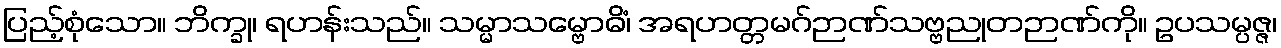
ပြည့်စုံသော။ ဘိက္ခု၊ ရဟန်းသည်။ သမ္မာသမ္ဗောဓိံ၊ အရဟတ္တမဂ်ဉာဏ်သဗ္ဗညုတဉာဏ်ကို။ ဥပသမ္ပဇ္ဇ၊